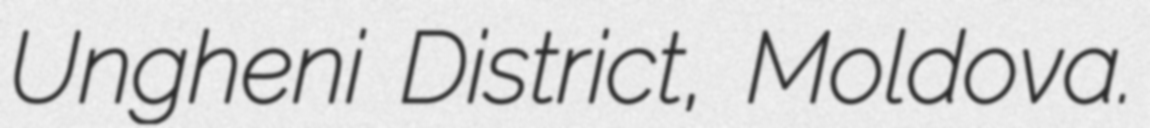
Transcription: Ungheni District, Moldova.